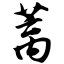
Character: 蓠